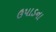
ઉપાડના